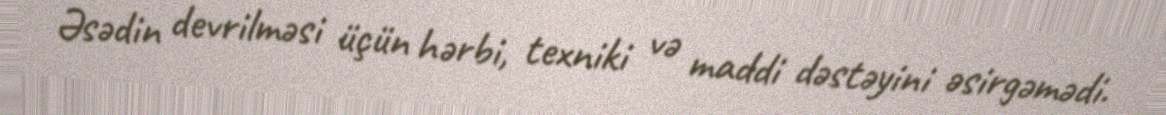
Əsədin devrilməsi üçün hərbi, texniki və maddi dəstəyini əsirgəmədi.